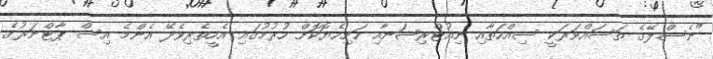
"ނެސްލޭގެ ތަސައްވަރަކީ ސިއްހަތާއި ނިއުޓްރިޝަނާއި ހަށިހެޔޮކޮށް ހުރުމުގައި އެހީތެރިވެދޭ އެންމެ އިސް ޕާޓްނަރުގެ